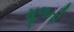
મૂળનો